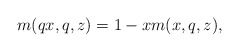
\begin{align*} m(qx, q, z)=1-xm(x,q,z),\end{align*}